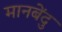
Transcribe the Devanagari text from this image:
मानबेंदु